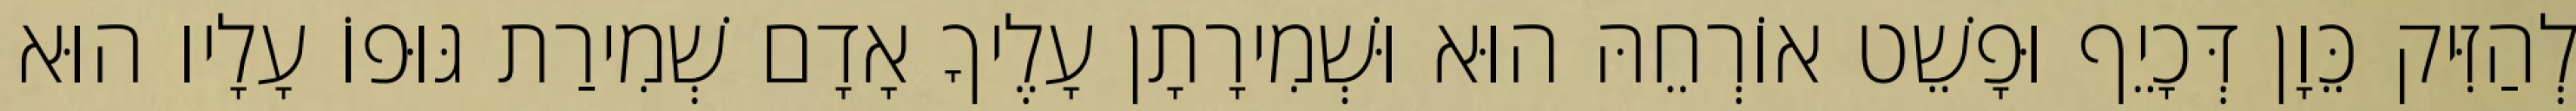
לְהַזִּיק כֵּוָן דְּכָיֵף וּפָשֵׁט אוֹרְחֵהּ הוּא וּשְׁמִירָתָן עָלֶיךָ אָדָם שְׁמִירַת גּוּפוֹ עָלָיו הוּא